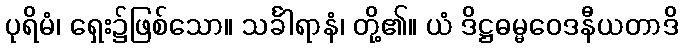
ပုရိမံ၊ ရှေး၌ဖြစ်သော။ သင်္ခါရာနံ၊ တို့၏။ ယံ ဒိဋ္ဌဓမ္မဝေဒနီယတာဒိ